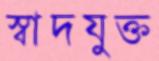
স্বাদযুক্ত